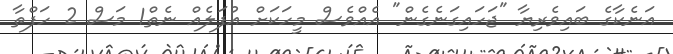
އަނެކާގެ ބައިވެރިޔާ "ޖަހައިގަނެގެން" އެއްވެސް މީހަކަށް އުފަލެއް ނެތް1 މަސް 2 ހަފްތާ